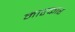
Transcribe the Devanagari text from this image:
मारकार